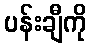
ပန်းချီကို